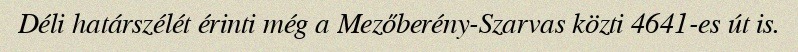
Déli határszélét érinti még a Mezőberény-Szarvas közti 4641-es út is.